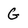
Character: G